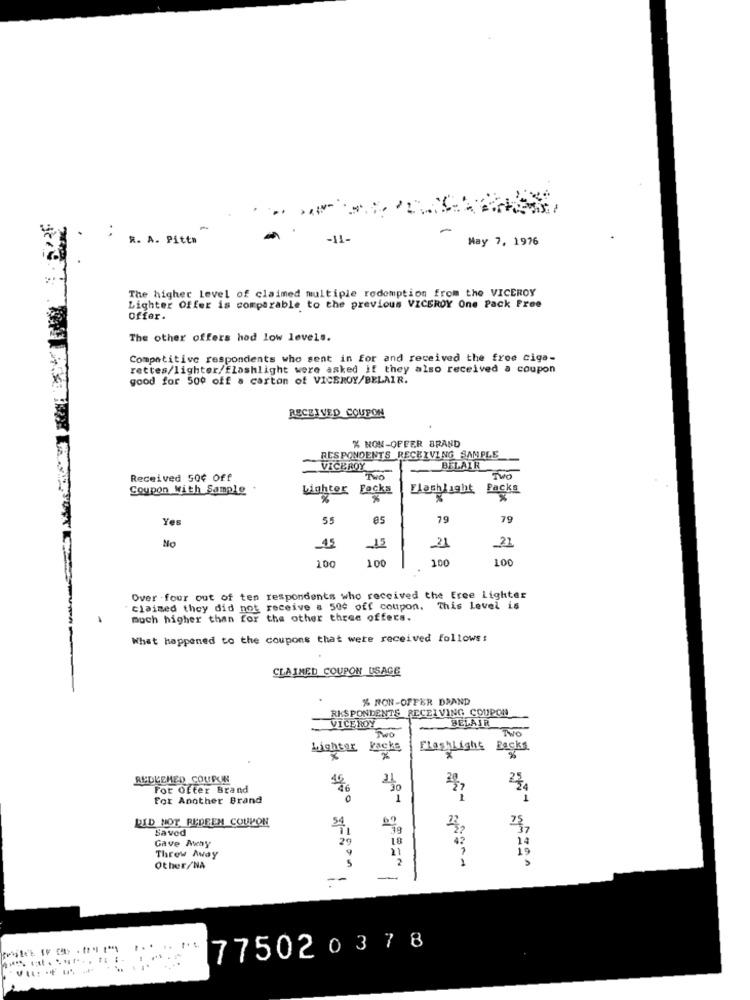
R. A. Pitta
-11-
May 7, 1976
The higher Level of claimed multiple rodomption from the VICEROY
Lighter Offer is comparable to the previous VICEROY One Pack Free
offer.
The other offers hod low levels.
Competitive respondents who sent in for and received the free ciga-
rettes/lighter/flashlight were asked if they also received a coupon
good for 500 off a carton of VICEROY/BELAIR.
RECEIVED COUPON
% NON-OFFER BRAND
RESPONDENTS RECEIVING SAMPLE
VICEROY
BELAIR
Received 50¢ Off
Coupon with Sample
Lighter Facks
Flashlight Packs
%
Yes
55
79
79
2)
No
45
15
21
100
1.00
100
100
Over . four out of ten respondents who received the free Lighter
claimed they did not receive a 500 off coupon. This Level is
much higher than for the other three offers.
What happened to the coupons that were received follows:
CLAIMED COUPON USAGE
% RON-OFFER DRAND
RESPONDENTS RECEIVING COUPON
VICEROY
Two
BELAIR
TWO
Lighter Packs
FlashLight Racks
REDEEMED COUPIN
For Offer Brand
46
For Another Brand
DID NOT REDEEM COUPON
Saved
Gave Away
20
18
Throw Away
9
5
21
2
Other/NA
--
-
77502 0378